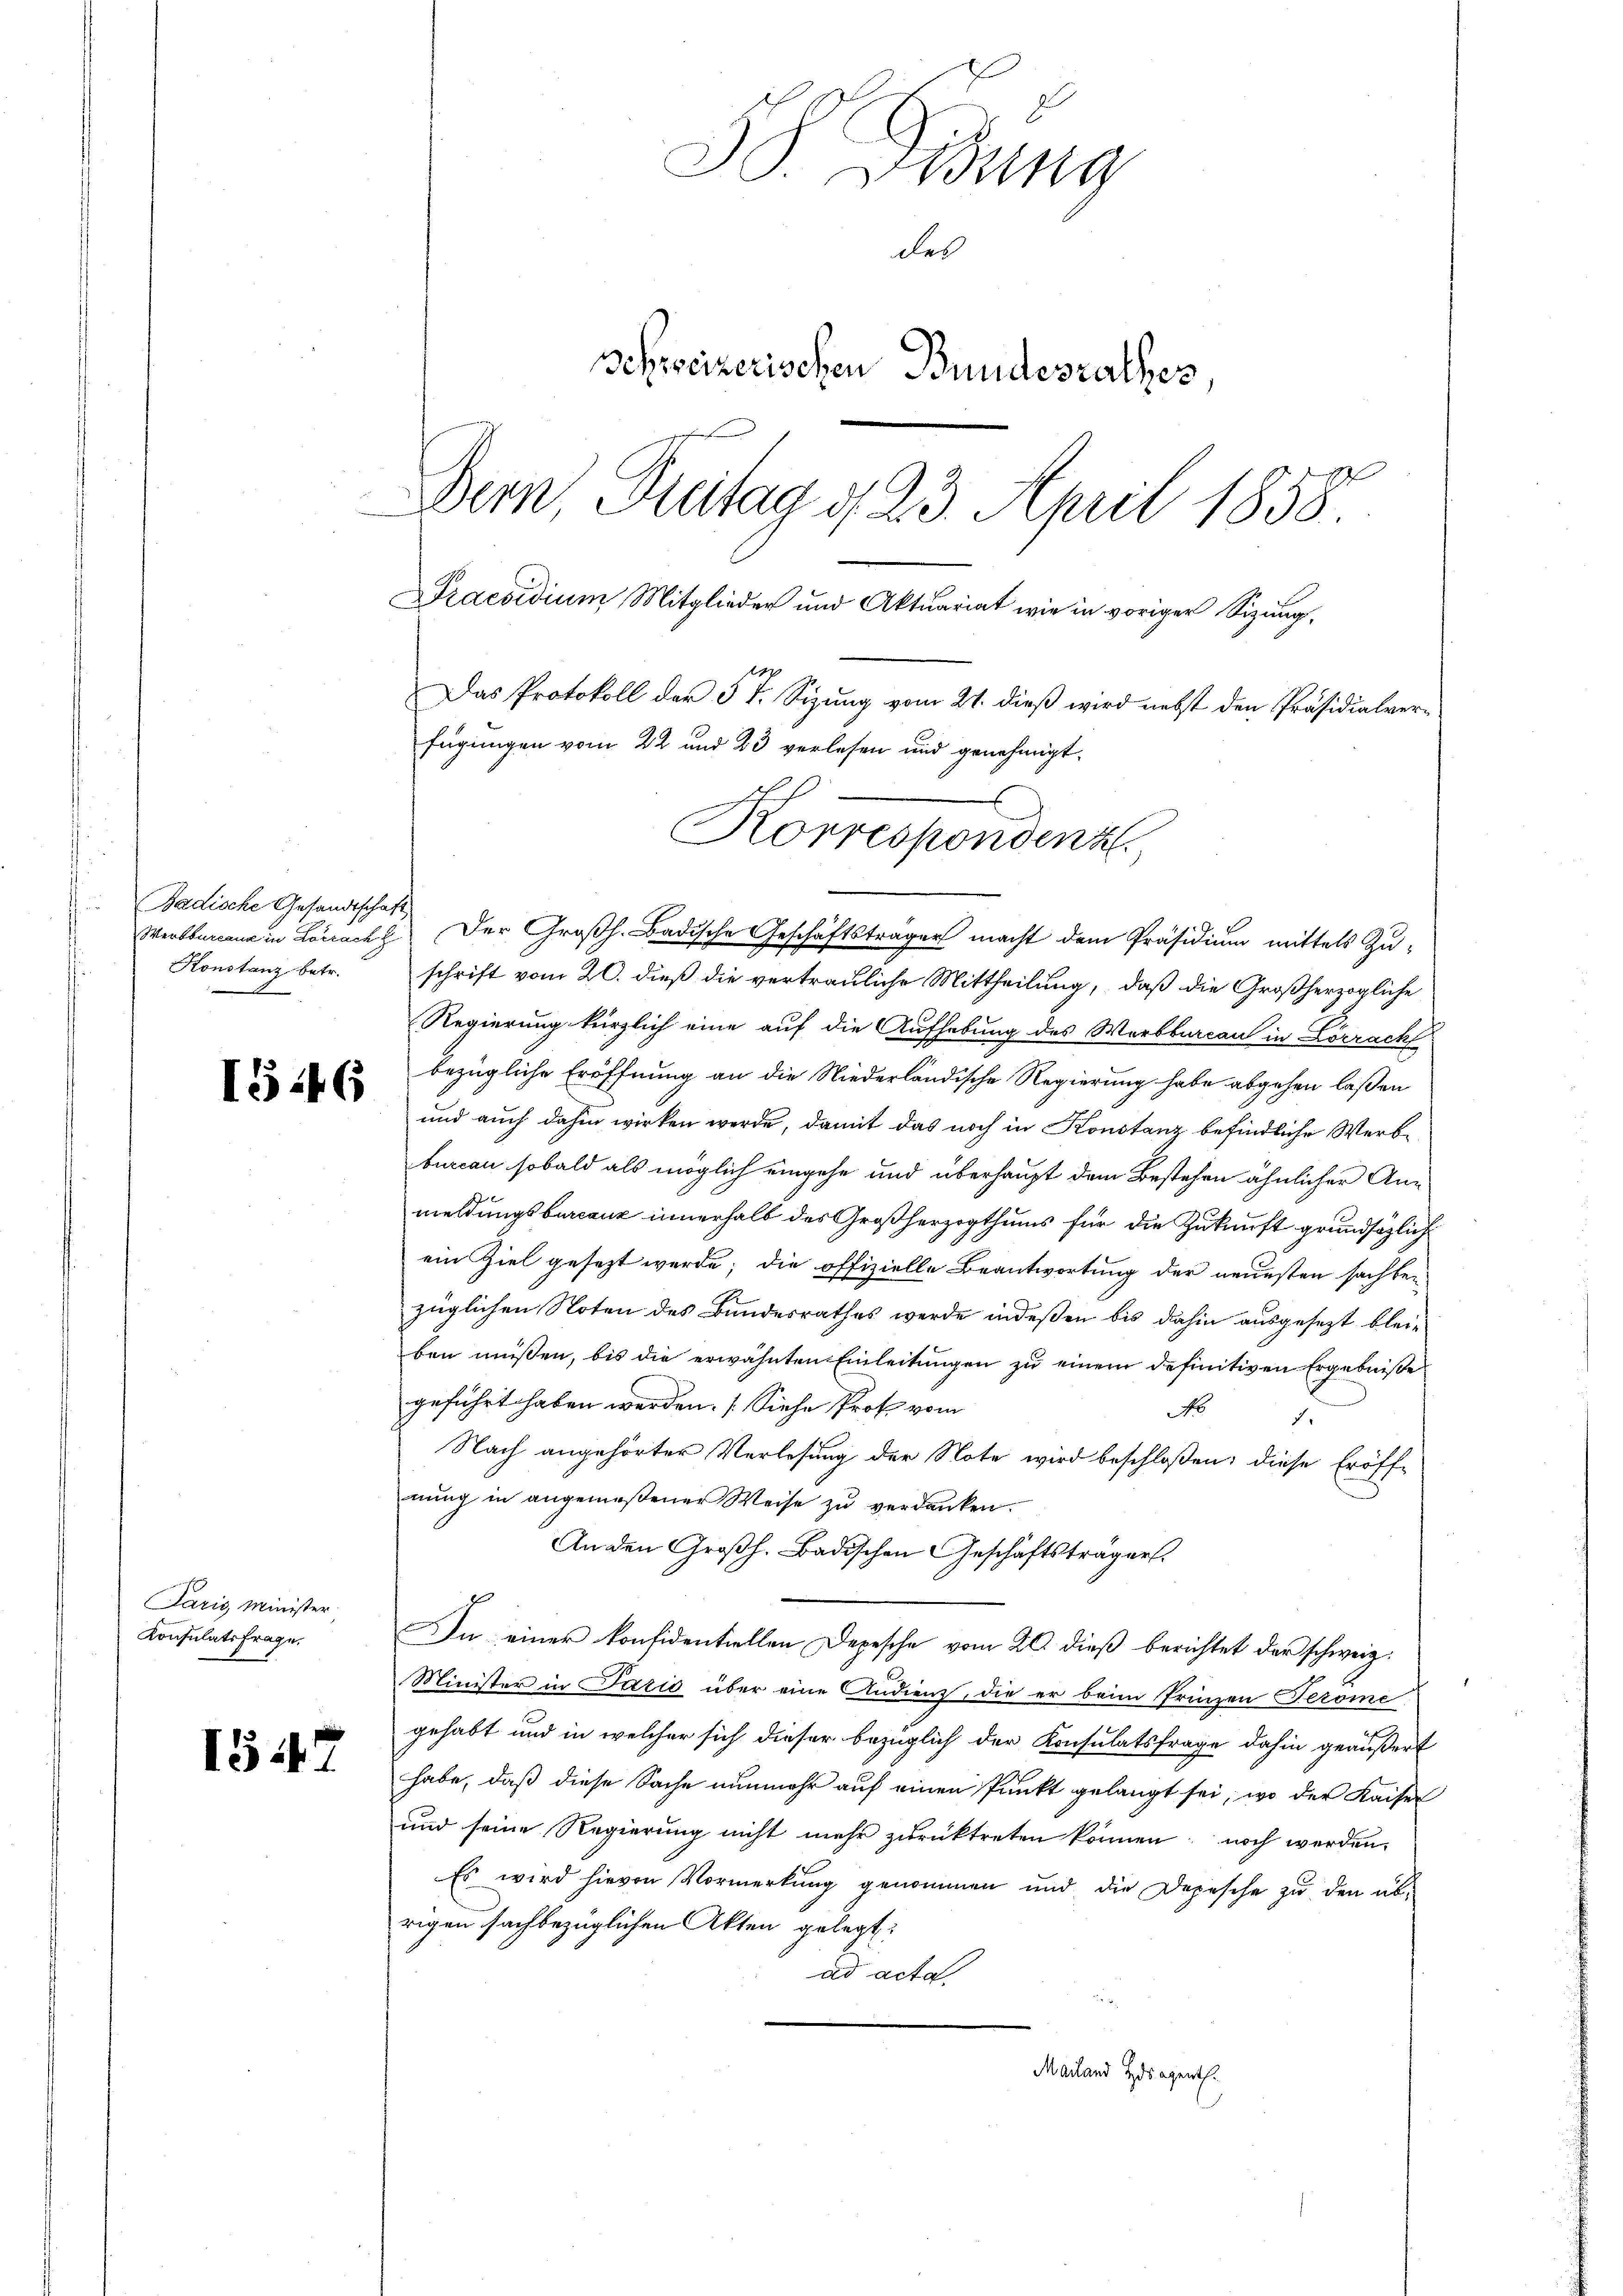
Badische Gesandtschaft
Konstanz betr.

Paris Minister
Konsulatsfrage.

1546

1547

Sigung
des
Schweizerischen Bundesrathes
Bern, Katag d. 23. April 1858
Praesidium Mitglieder und Aktuariat wie in voriger Sizung.
Das Protokoll der 5 t. Sizung vom 27. dieß wird nebst den Präsidialverfügungen vom 22 und 23 verlesen und genehmigt,
Korrespondenz

Werkbaren in Lörrach Der Großh. Badische Geschäftsträger macht dem Präsidium mittels Zuschrift vom 20. dieß die vertrauliche Mittheilung, daß die Großherzogliche
Regierung kürzlich eine auf die Aufhebung des Worbburcau in Loerach
bezügliche Eröffnung an die Niederländische Regierung habe abgehen laßen
und auch dahin wirken werde, damit das noch in Konstanz befindliche Werbbureau sobald als möglich eingehe und überhaupt dem Bestehen ähnlicher Ang
meldungsburcanz innerhalb des Großherzogthums für die Zukunft grundsätzlich
ein Ziel gesezt werde; die offizielle Beantwortung der neuesten sachbei
züglichen Noten des Bundesrathes werde indeßen bis dahin ausgesezt bleiben müssen, bis die erwähnten Einleitungen zu einem definitiven Ergebniße
geführt haben werden. (Siehe Prof. vom
No
.
Nach angehörter Verlesung der Note wird beschloßen, diese Eröffnung in angemeßener Weise zu verdanken.
An den Großh. Badischen Geschäftsträger.
In einer konfidentiellen Depesche vom 20. dieß berichtet der schweiz.
Minister in Paris über eine Andienz, die er beim Prinzen Geröme
gehabt und in welcher sich dieser bezüglich der Konsulatsfrage dahin geäußert
habe, daß diese Sache nunmehr auf einen Punkt gelangt sei, wo der Kaise
und seine Regierung nicht mehr zurücktreten können, noch werden,
Es wird hievon Vormerkung genommen und die Depesche zu den abrigen sachbezüglichen Akten gelegt:
ad acta
Mailand Zusagenth